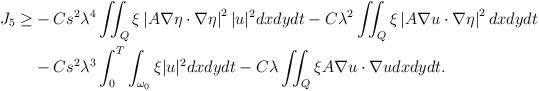
LaTeX: \begin{align*}J_5 \geq&-Cs^2 \lambda^4 \iint_Q \xi\left|A \nabla \eta \cdot \nabla \eta\right|^2 |u|^2dx dy d t -C\lambda^2\iint_{Q} \xi \left| A\nabla u\cdot \nabla \eta \right| ^2 dx dy dt\\&-C s^2 \lambda^3 \int_0^T \int_{\omega_0} \xi|u|^2dx dy d t- C\lambda \iint_Q \xi A \nabla u \cdot \nabla u dx dy d t.\end{align*}